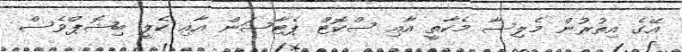
އޭގެ އިތުރުން މެލިސާ މެކާތީ އާއި ސްކޮޓް ޕެޓާސަން އާއި ކެލީ ބިޝޮޕްވެސް